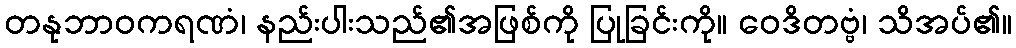
တနုဘာဝကရဏံ၊ နည်းပါးသည်၏အဖြစ်ကို ပြုခြင်းကို။ ဝေဒိတဗ္ဗံ၊ သိအပ်၏။